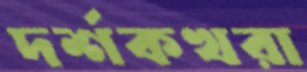
দর্শকখরা